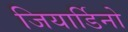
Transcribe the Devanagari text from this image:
जियार्डिनो